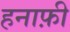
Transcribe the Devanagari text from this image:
हनाफ़ी